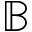
\mathbb { B }